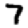
Digit: 7